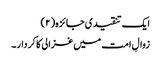
ایک تنقیدی جائزہ (۲)
زوالِ امت میں غزالی کا کردار ۔